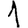
Digit: 1